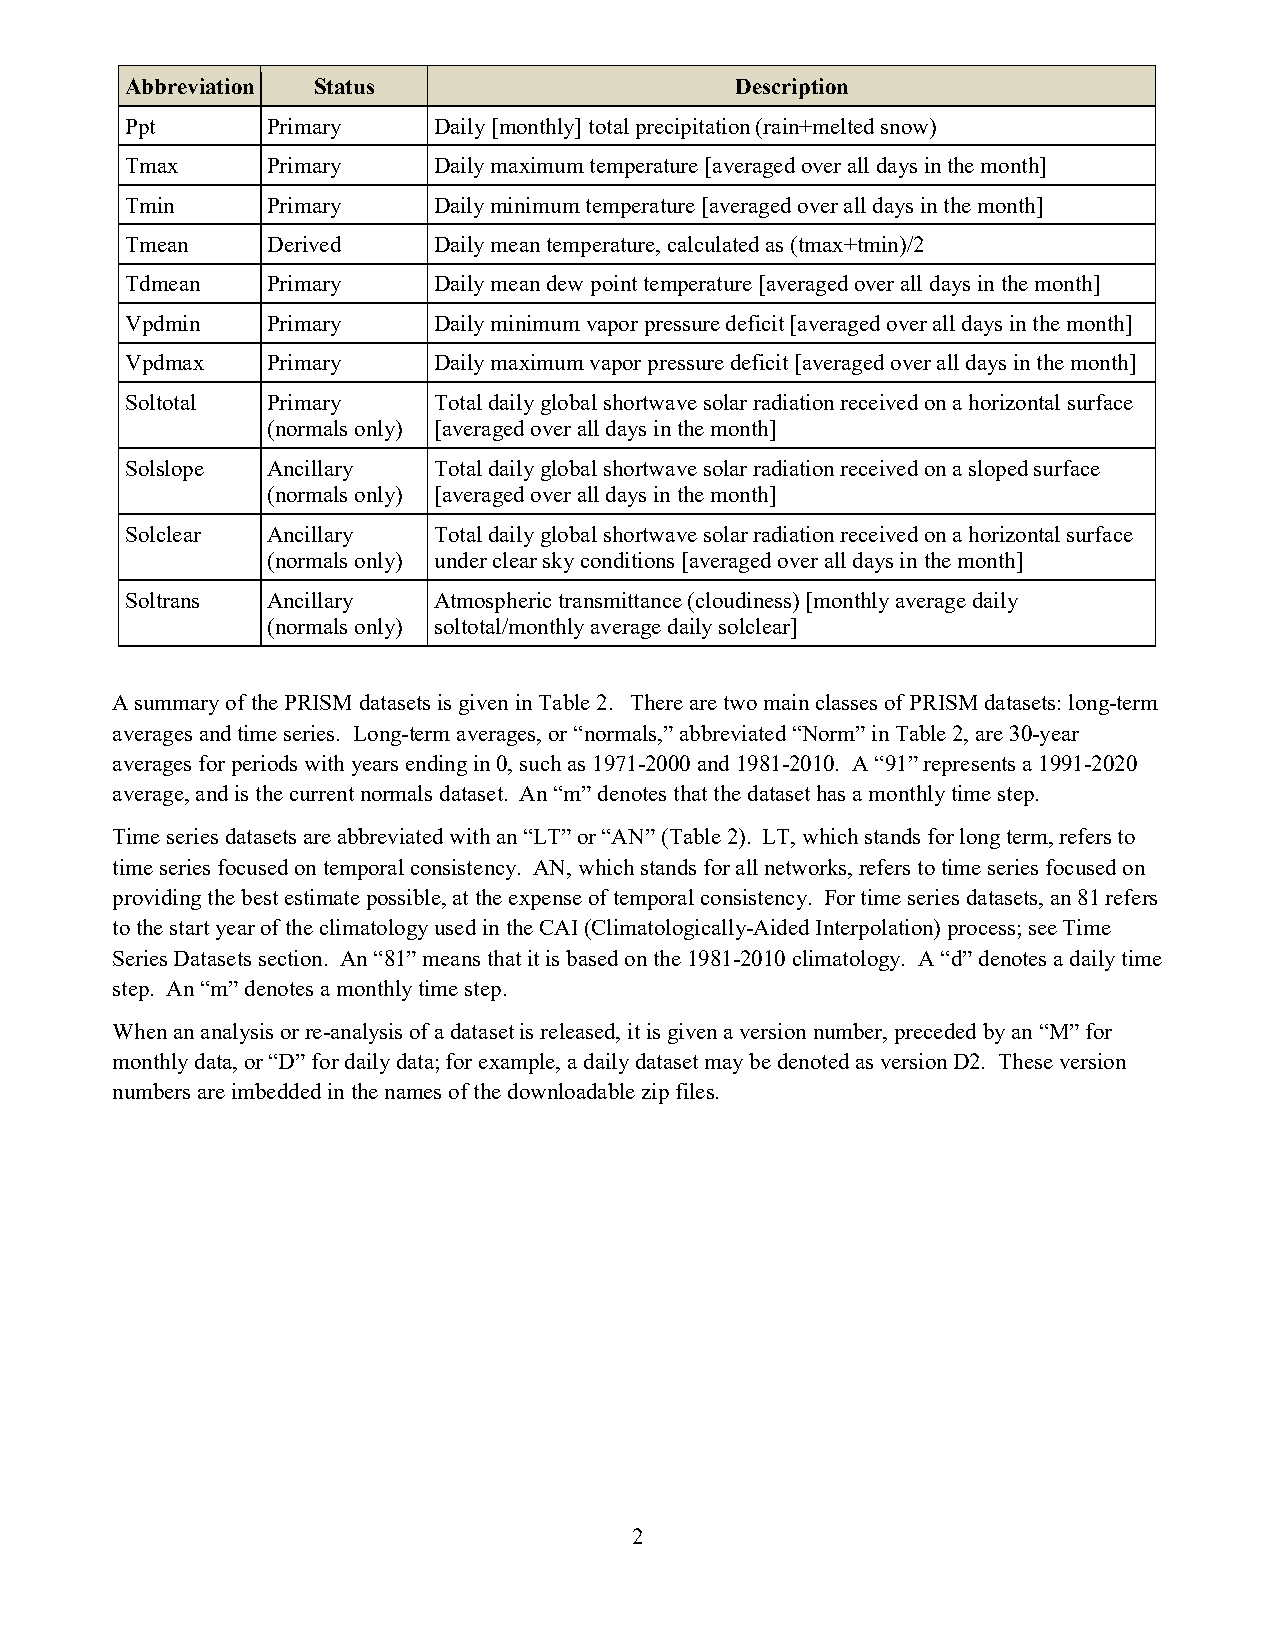
Abbreviation Status                      Description
 Ppt       Primary    Daily [monthly] total precipitation (rain+melted snow)
 Tmax      Primary    Daily maximum temperature [averaged over all days in the month]
 Tmin      Primary    Daily minimum temperature [averaged over all days in the month]
 Tmean     Derived    Daily mean temperature, calculated as (tmax+tmin)/2
 Tdmean    Primary    Daily mean dew point temperature [averaged over all days in the month]
 Vpdmin    Primary    Daily minimum vapor pressure deficit [averaged over all days in the month]
 Vpdmax    Primary    Daily maximum vapor pressure deficit [averaged over all days in the month]
 Soltotal  Primary    Total daily global shortwave solar radiation received on a horizontal surface
 (normals only) [averaged over all days in the month]
 Solslope  Ancillary  Total daily global shortwave solar radiation received on a sloped surface
 (normals only) [averaged over all days in the month]
 Solclear  Ancillary  Total daily global shortwave solar radiation received on a horizontal surface
 (normals only) under clear sky conditions [averaged over all days in the month]
 Soltrans  Ancillary  Atmospheric transmittance (cloudiness) [monthly average daily
 (normals only) soltotal/monthly average daily solclear]
 A summary of the PRISM datasets is given in Table 2. There are two main classes of PRISM datasets: long-term
 averages and time series. Long-term averages, or “normals,” abbreviated “Norm” in Table 2, are 30-year
 averages for periods with years ending in 0, such as 1971-2000 and 1981-2010. A “91” represents a 1991-2020
 average, and is the current normals dataset. An “m” denotes that the dataset has a monthly time step.
 Time series datasets are abbreviated with an “LT” or “AN” (Table 2). LT, which stands for long term, refers to
 time series focused on temporal consistency. AN, which stands for all networks, refers to time series focused on
 providing the best estimate possible, at the expense of temporal consistency. For time series datasets, an 81 refers
 to the start year of the climatology used in the CAI (Climatologically-Aided Interpolation) process; see Time
 Series Datasets section. An “81” means that it is based on the 1981-2010 climatology. A “d” denotes a daily time
 step. An “m” denotes a monthly time step.
 When an analysis or re-analysis of a dataset is released, it is given a version number, preceded by an “M” for
 monthly data, or “D” for daily data; for example, a daily dataset may be denoted as version D2. These version
 numbers are imbedded in the names of the downloadable zip files.
 2